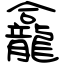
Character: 龕